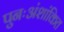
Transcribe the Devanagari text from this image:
पुनःअंशांकित